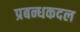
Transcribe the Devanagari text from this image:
प्रबन्धकदल